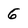
Character: 6